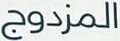
المزدوج